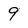
Character: 9